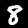
Label: 8